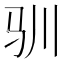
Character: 驯